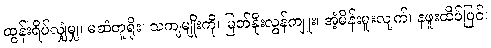
ထွန်းရိပ်လျှံမျှ၊ မဆံတူရိုး၊ သကျမျိုးကို၊ မြတ်နိုးလွန်ကျူး၊ အံ့မိန်းမူးလျက်၊ နဖူးထိပ်ပြင်၊